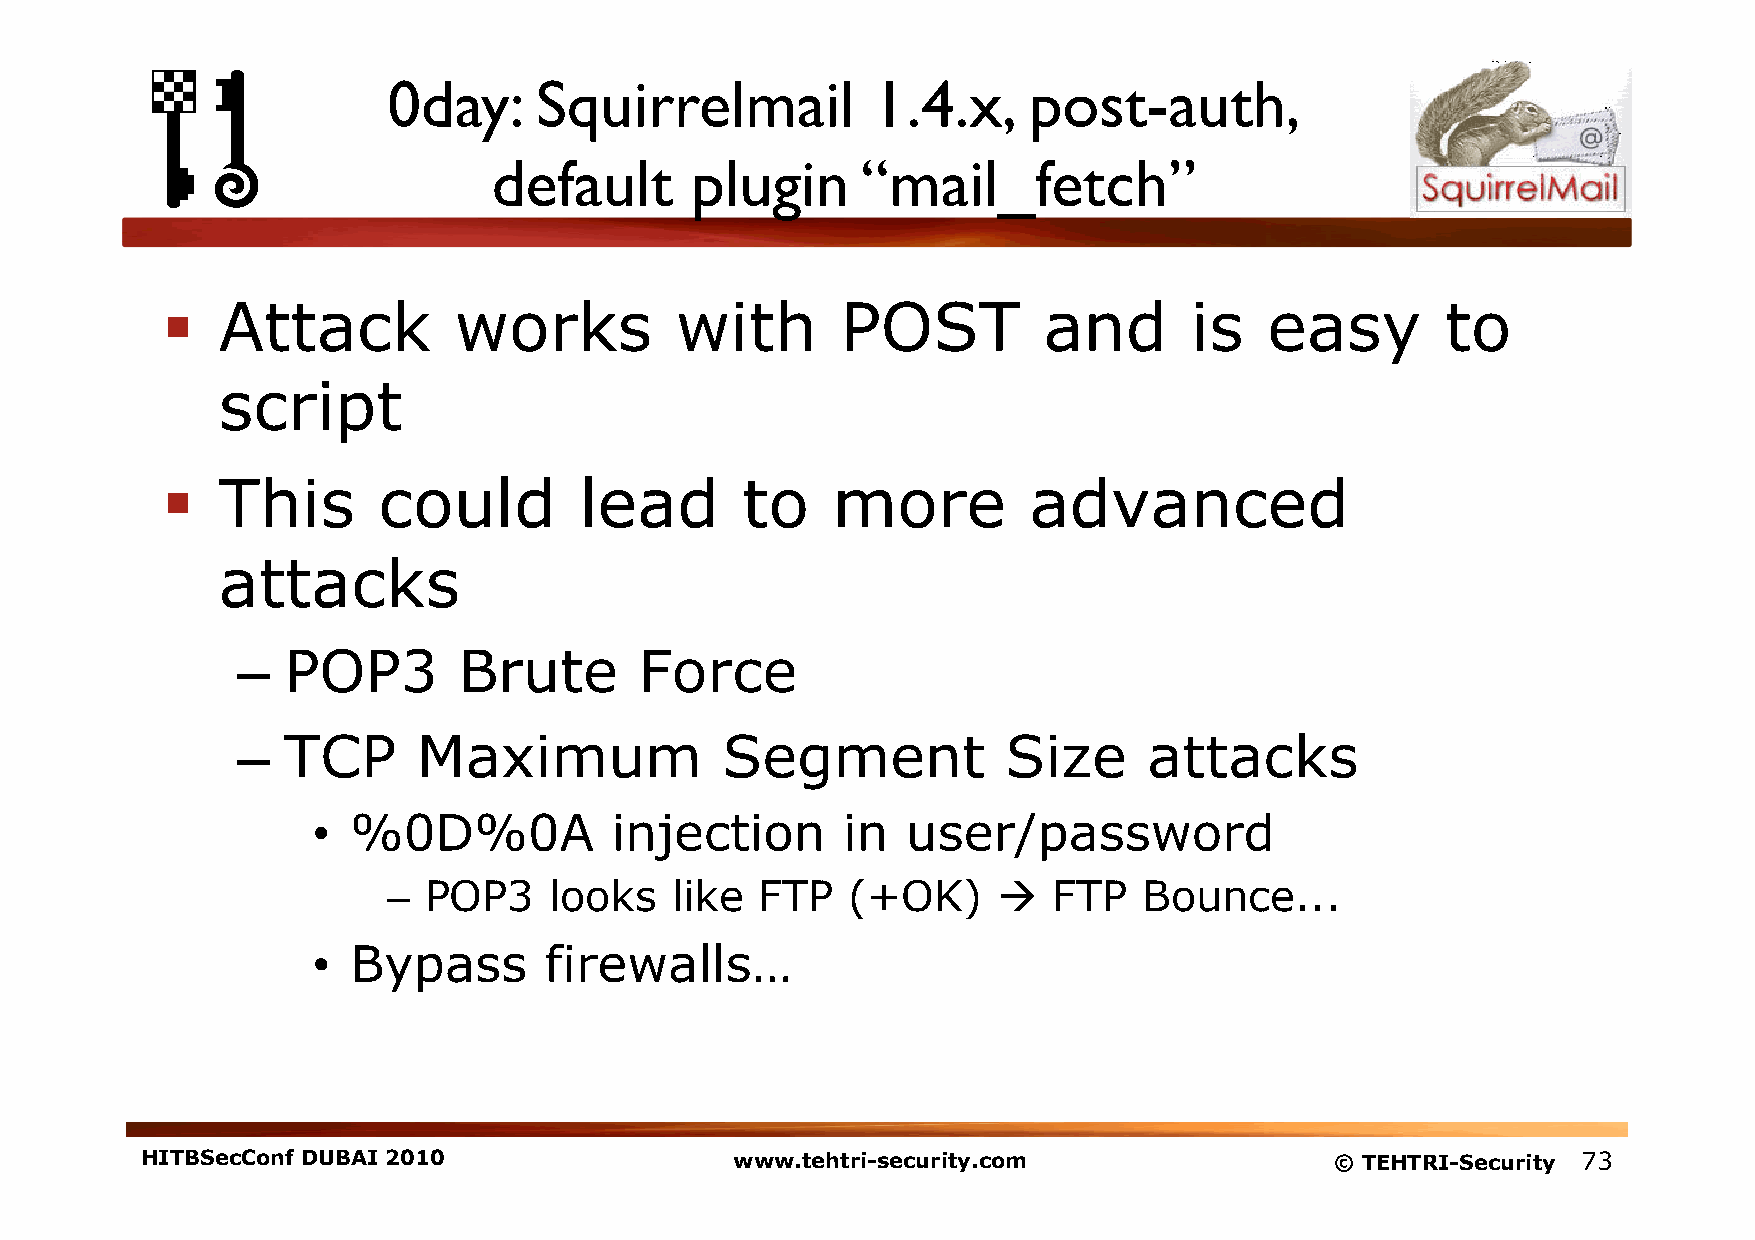
0day:    Squirrelmail           1.4.x,    post-auth,         
 default      plugin     “mail_fetch”
   Attack          works          with       POST         and       is   easy        to
 script
   This       could        lead       to    more         advanced
 attacks
 –  POP3       Brute       Force
 –  TCP      Maximum             Segment            Size     attacks
 • %0D%0A           injection       in  user/password
 – POP3    looks   like  FTP   (+OK)        FTP   Bounce...
 • Bypass       firewalls…
 HITBSecConf DUBAI 2010                  www.tehtri-security.com                © TEHTRI-Security 73